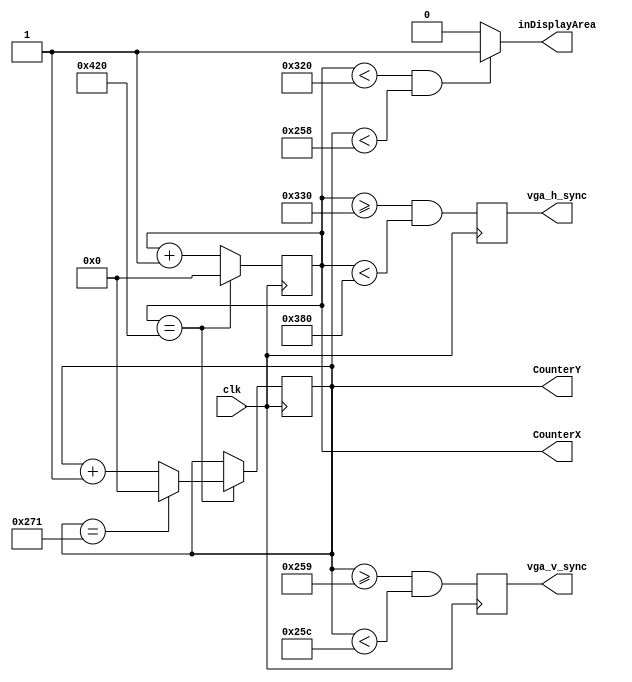
module hvsync_generator(clk, vga_h_sync, vga_v_sync, inDisplayArea, CounterX, CounterY);
input clk;
output vga_h_sync, vga_v_sync;
output inDisplayArea;
output [10:0] CounterX;
output [10:0] CounterY;
integer width = 11'd800; 
integer height = 11'd600; 
integer count_dots = 11'd1056; 
integer count_lines = 11'd625; 
integer h_front_porch = 11'd16; 
integer h_sync_pulse = 11'd80; 
integer h_back_porch = 11'd160; 
integer v_front_porch = 11'd1; 
integer v_sync_pulse = 11'd3; 
integer v_back_porch = 11'd21; 
reg [10:0] CounterX;
reg [10:0] CounterY;
wire CounterXmaxed = (CounterX==count_dots);
wire CounterYmaxed = (CounterY==count_lines);
always @(posedge clk)
	if(CounterXmaxed)
		CounterX <= 0;
	else
		CounterX <= CounterX + 1;
always @(posedge clk)
	if(CounterXmaxed) 
	begin
		if (CounterYmaxed)
			CounterY <= 0;
		else
			CounterY <= CounterY + 1;
	end
reg	vga_HS, vga_VS;
always @(posedge clk)
begin
	vga_HS <= (CounterX >= (width+h_front_porch) && CounterX < (width+h_front_porch+h_sync_pulse)); 
	vga_VS <= (CounterY >= (height+v_front_porch) && CounterY < (height+v_front_porch+v_sync_pulse)); 
end
assign inDisplayArea = (CounterX < width && CounterY < height) ? 1'b1: 1'b0;	
assign vga_h_sync = vga_HS; 
assign vga_v_sync = vga_VS; 
endmodule